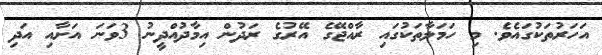
އަހަރުތަކުގައެވެ. މި ހަމަލާތަކުގައި ރާއްޖޭގެ އޭރުގެ ރަދުން އިމާދުއްދީނު 3ވަނަ އަށާއި އަދި